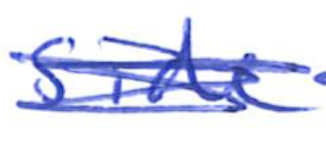
Text: side
Cross-out: scratch
Writing tool: ballpoint